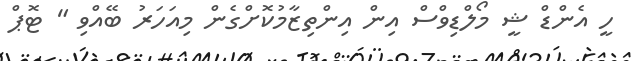
ހީ އެންޑް ޝީ މޯލްޑިވްސް އިން އިންތިޒާމުކޮށްގެން މިއަހަރު ބޭއްވި " ޓޮޕް